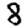
Digit: 8